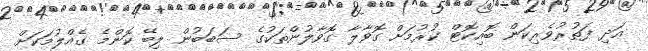
އަދި ފަތުރުވެރިކަން ބޮއިކޮޓް ކުރުމަށް ގޮވާލާ ގޮވާލުންތަކުގެ ސަބަބުން ލިބޭ ކޮންމެ ގެއްލުމަކަށް